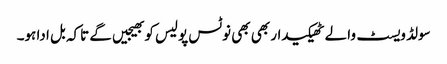
سولڈ ویسٹ والے ٹھیکیدار بھی بھی نوٹس پولیس کو بھیجیں گے تاکہ بل ادا ہو۔